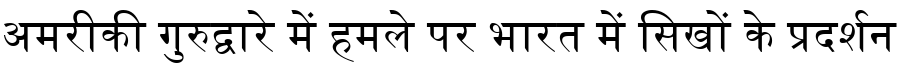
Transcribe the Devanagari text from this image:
अमरीकी गुरुद्वारे में हमले पर भारत में सिखों के प्रदर्शन